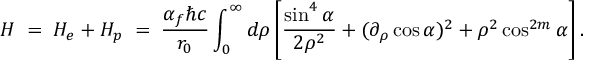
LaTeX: H \; = \; H _ { e } + H _ { p } \; = \; \frac { \alpha _ { f } \hbar c } { r _ { 0 } } \int _ { 0 } ^ { \infty } { d \rho } \left[ \frac { \sin ^ { 4 } \alpha } { 2 \rho ^ { 2 } } + ( \partial _ { \rho } \cos \alpha ) ^ { 2 } + \rho ^ { 2 } \cos ^ { 2 m } \alpha \right] .